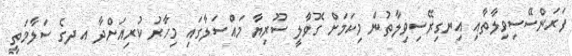
ފަރަންސޭސިވިލާތާއި އިނގިރޭސިވިލާތުން މިކަމަށް ގޮވާލީ ސޫރިޔާ މައްސަލާގައި މިހާރު ކުރިއަށްދާ އދގެ ސަލާމަތީ